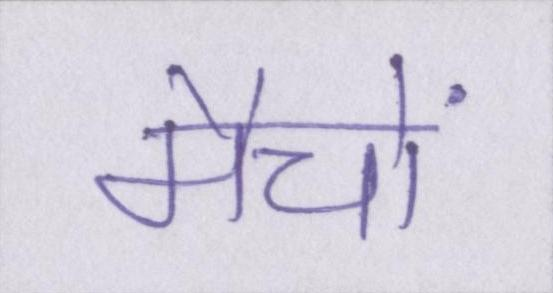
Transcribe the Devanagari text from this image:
मैचों